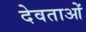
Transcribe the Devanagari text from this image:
देवताओं